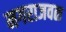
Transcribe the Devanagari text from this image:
नगराजवळ